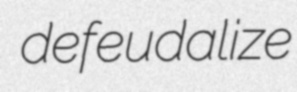
defeudalize